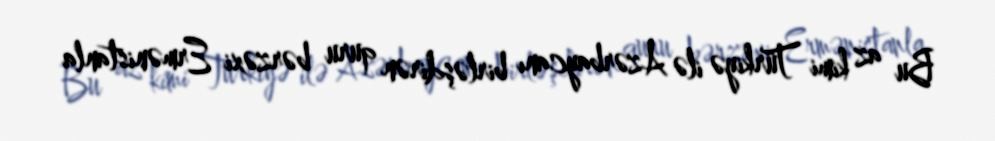
Bu az kimi Türkiyə ilə Azərbaycanı birləşdirən quru bərzəxi Ermənistanla